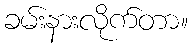
ခမ်းနားလိုက်တာ။